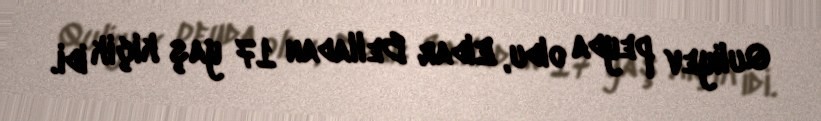
Quliyev peyda oldu, Eldar Belladan 17 yaş kiçik idi.